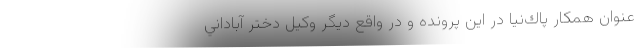
عنوان همكار پاك‌نيا در اين پرونده و در واقع ديگر وكيل دختر آباداني